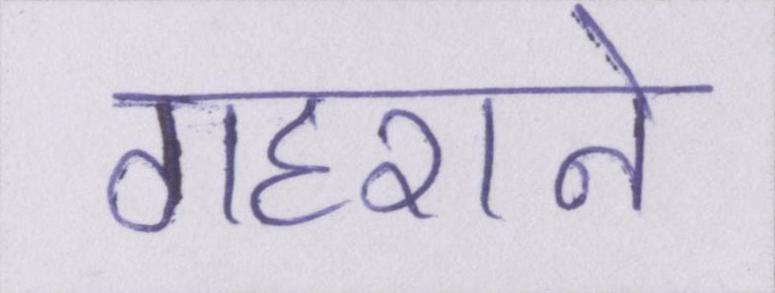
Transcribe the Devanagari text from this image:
गहराने